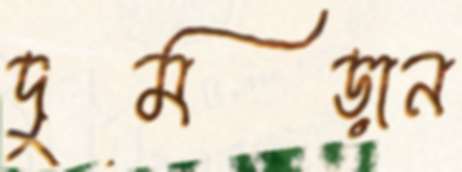
দুমড়ান